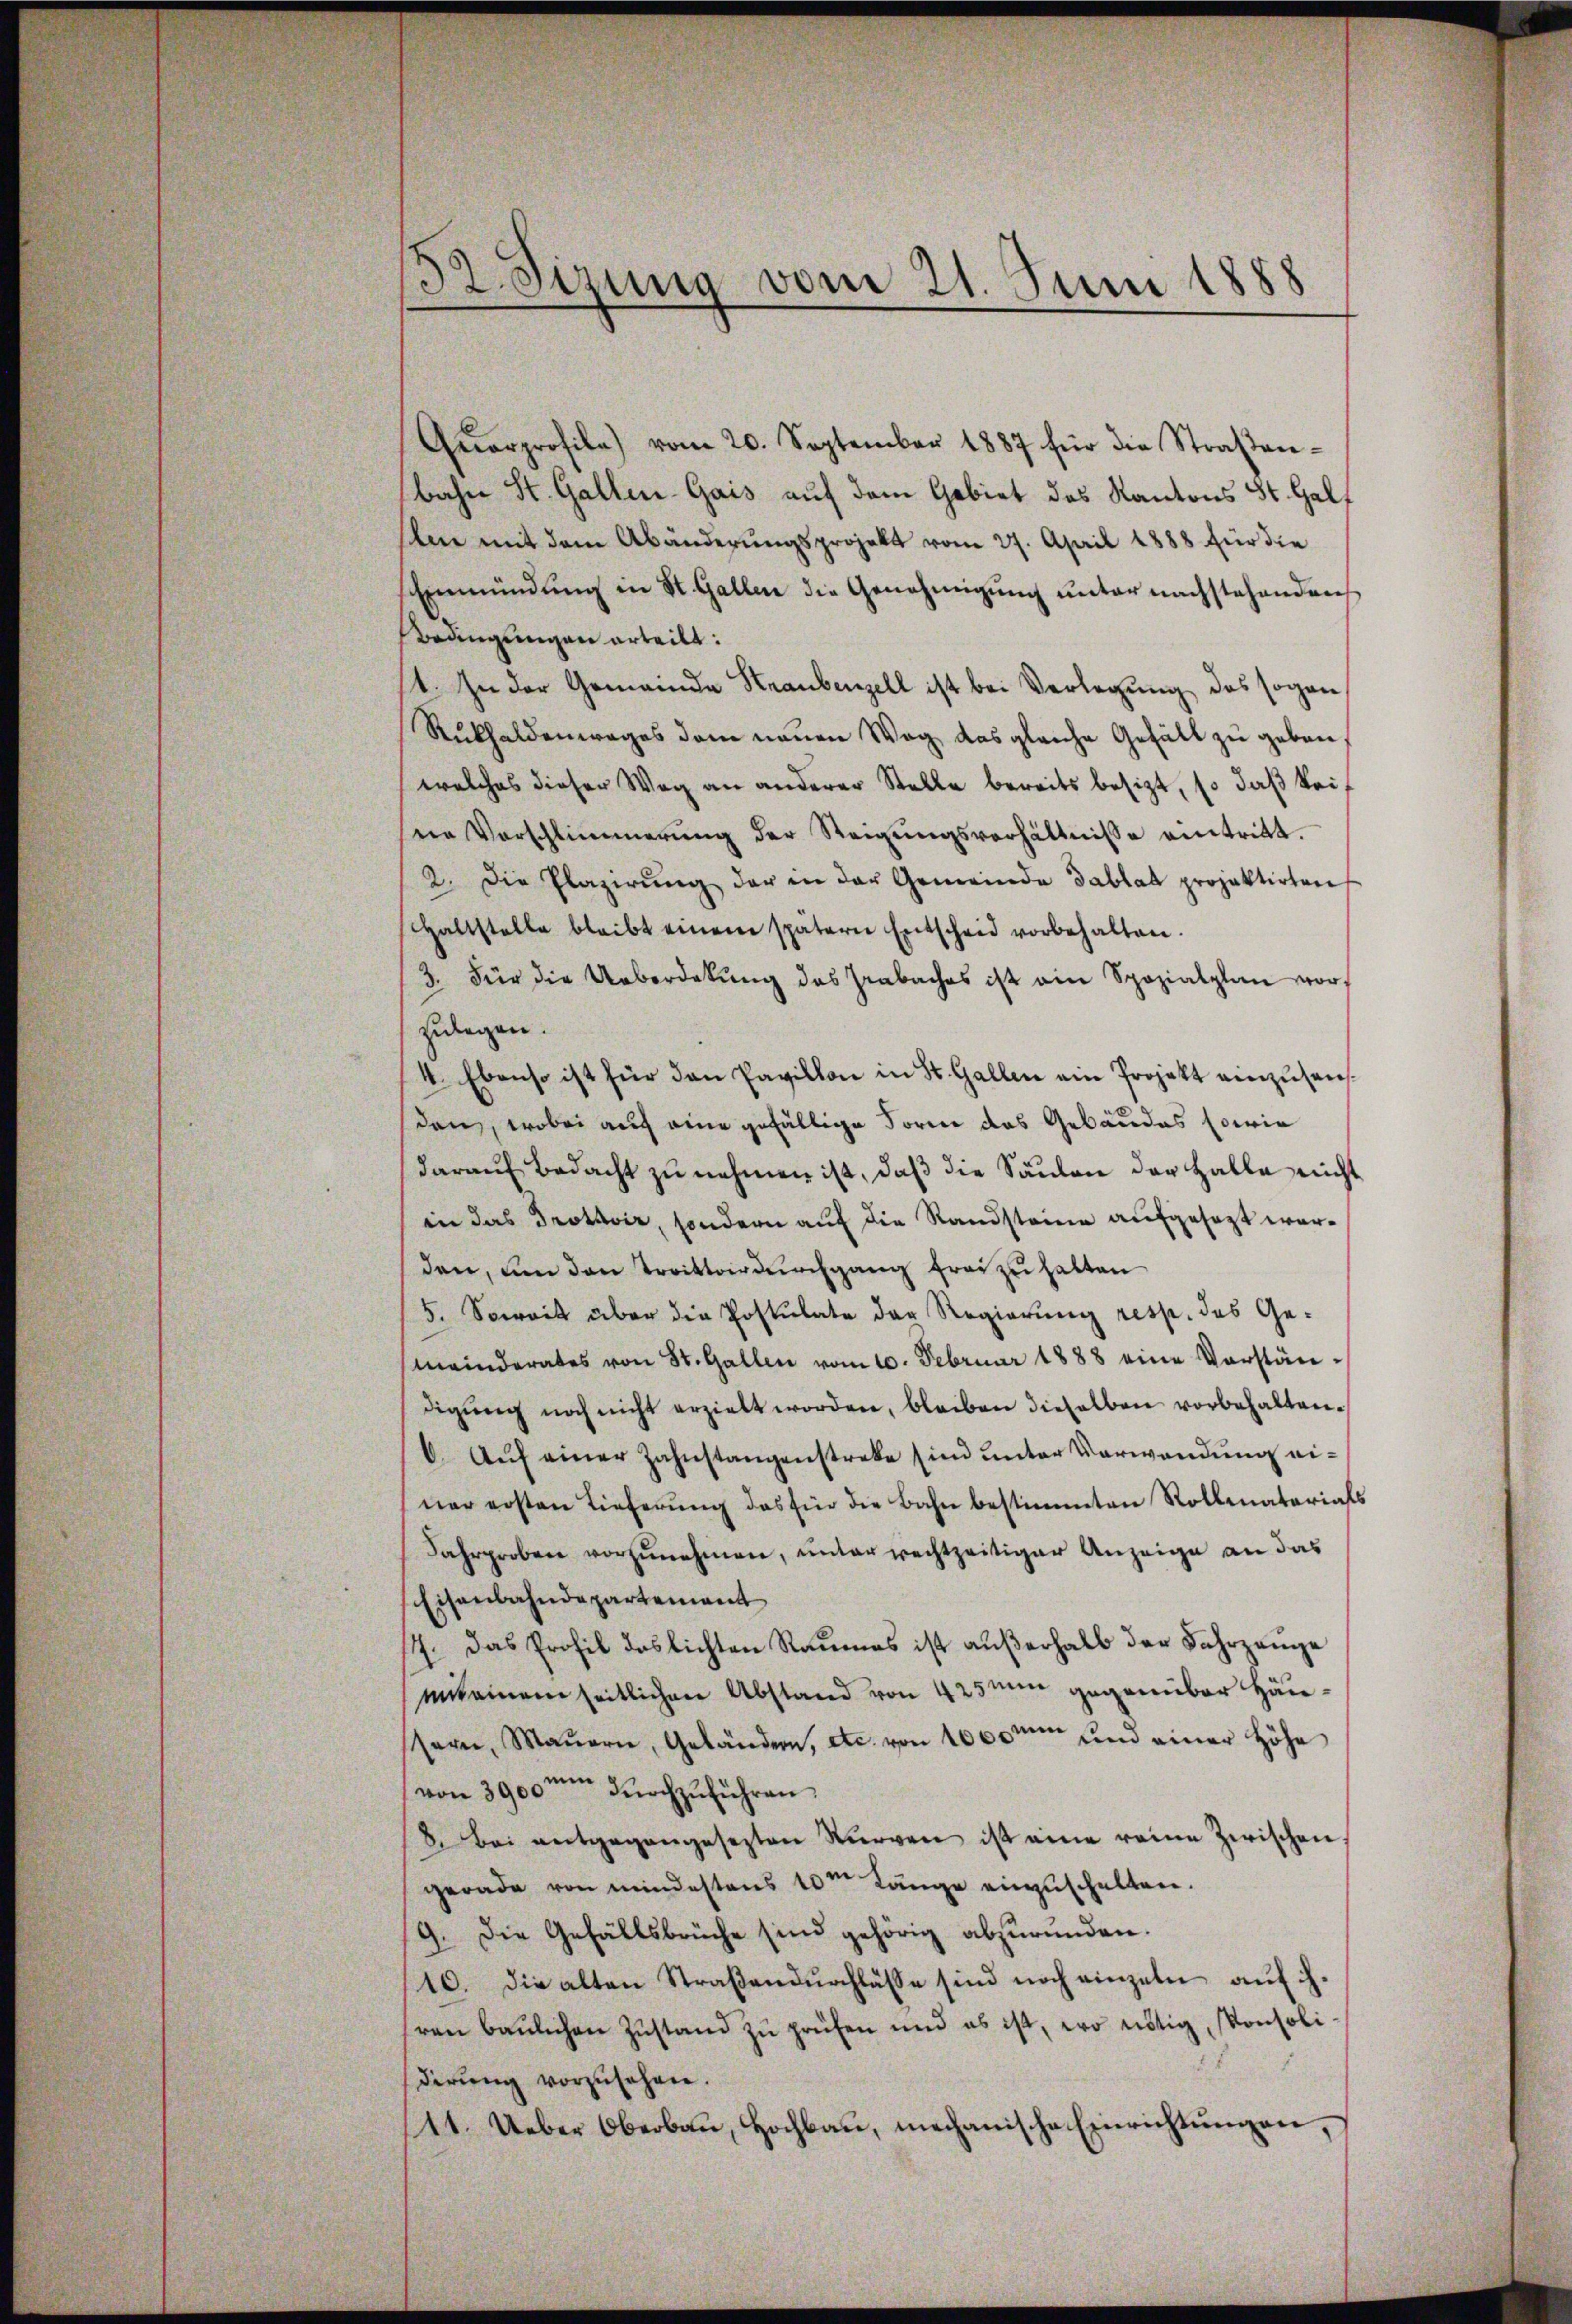
32 Sizung vom 21. Juni 1888

Qŭarprofile) vom 20. September 1887 für die Straβen-
bahn St. Gallen-Gais auf dem Gebiet des Kantons St. Galf
sene mit dem Abänderungsprojekt vom 27. April 1888 für die
Einmündŭng in St. Gallen die Genehmigŭng ŭnter nachstehenden
Bedingungen erteilt:
4. In der Gemeinde Straubenzell ist bei Verlegung des sogan
Rükhaldenwages dem neuen Weg das gleiche Gefäll zu geben,
welches dieser Weg an anderer Stelle bereits besizt, so daß keif
ne Verschlimmerung der Steigŭngsverhältnisse eintritt.
2. Die Plazirŭng der in der Gemeinde Tablat projektirten
altstelle bleibt einem spätern Entscheid vorbehalten.
3. Für die Ueberdekŭng des Grabaches ist ein Spezialplan vorzulegen.
4. Ebenso ist für den Pavillon in St. Gallen ein Projekt einzusenden, wobei auch eine gefällige Form das Gebäudes sowie
darauf Bedacht zu nehmen ist, daß die Säulen der Halle nicht
in das Trottoir, sondern auf die Randsteine aufgesezt werden, um den Trittordŭrchgang frei zu halten
5. Soweit über die Postulate der Regierung resp. des Gemeinderates von St. Gallen vom 10. Februar 1888 eine Vorstän-
digŭng noch nicht erzielt worden, bleiben dieselben vorbehalten.
6. Aŭf einer Zahnstangenstreke sind unter Verwendung einer ersten Lieferŭng das Ein die Bahn bestimmten Rollenatarials
Jahrproben vorzunehmen, unter rechtzeitiger Anzeige an das
Eisenbahndepartement
14. Das Profil deslichten Raumes ist außerhalb der Fahrzeuge
miteinem seitlichen Abstand von 425 um gegenüber Häussern, Maŭern, Geländern, etc. von 1000 und einer Höhe
von 3900m durchzuführen.
8. Bei entgegangesezten Bürgen ist eine reine Zwischen
gerade von mindestens 10m Länge einzuschalten.
9. Die Gefällsbrüche sind gehörig abzuründen.
10. die alten Straβendŭrchlasse sind noch einzeln aŭf ih
ren baŭlichen Zŭstand zŭ prüfen und es ist, wo nötig, Konsoli
derŭng vorzŭsehen.
11. Ueber Oberbau, Hochbau, mechanische Einrichtungen,